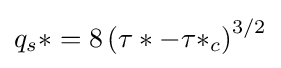
q_{s}*=8\left(\tau *-\tau *_{c}\right)^{3/2}